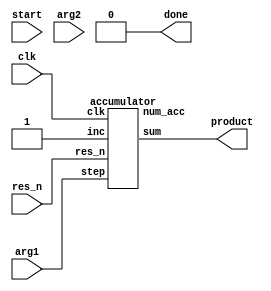
`timescale 1ns / 1ps
//////////////////////////////////////////////////////////////////////////////////
// Lauren Chambers and Kenzie Milhous
// Logic Design with Verilog
// April 2021
// 
// Design Name: 16-bit multiplier
// Module Name: multiplier_1.v
// Project Name: Lab 1
// Description: Multiplies two 16-bit integers and asserts a done signal when product
//				is ready. Multiplies via accumulation up to 1x/clock cycle
// 
// Dependencies: accumulator.v
//////////////////////////////////////////////////////////////////////////////////

//
// Main: multiplier_1
//
// drives accumulation logic.
//
module multiplier_1(
    input clk,
    input res_n,
    input start,
    input [15:0] arg1, arg2,
    output done,
    output [31:0] product
    );
    
    // internal wires
    reg inc;
    reg assertDone;
    wire [31:0] num_accumulations;
    
    // interface I/O
    assign done = assertDone;
   
    // start accumulation on the start signal
    always @(start) begin
        inc = 1'b1;
        assertDone = 1'b0;
    end
    
    // end accumulation when num_accumulations == arg2
    always @(posedge clk) begin
        if (num_accumulations == (arg2 - 1)) begin
            inc <= 1'b0;
            assertDone <= 1'b1;
        end
    end
    
    // the accumulator ends up reflecting product of arg1 and arg 2
    accumulator acc (.clk(clk), .res_n(res_n), .inc(inc), .step(arg1), .sum(product), .num_acc(num_accumulations));   
    
endmodule


// 
// Helper Module: accumulator_1
// 
// this design uses 2 adders and one 2-1 multiplexer.
// the multiplexer is used to dynamically select the value to add to the accumulator.
//
module accumulator (
    input clk,
    input res_n,
    input inc,
    input [15:0] step,
    output [31:0] sum,
    output [31:0] num_acc
);

    // 16-bit register sum
    reg [31:0] accum;
    reg [31:0] num_accumulations;
    assign sum = accum;
    assign num_acc = num_accumulations;
    
    // update every clock cycle

    always @(posedge clk) begin
        // reset
        if (~res_n) begin
            accum <= 32'b0;
            num_accumulations <= 32'b0;
        end
        else if (res_n && inc) begin
            accum <= accum + step;
            num_accumulations <= num_accumulations + 1;
        end
    end
    
endmodule